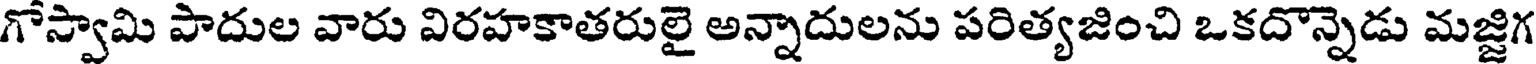
గోస్వామి పాదుల వారు విరహకాతరులై అన్నాదులను పరిత్యజించి ఒకదొన్నెడు మజ్జిగ